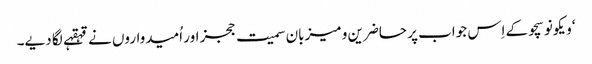
‘ویکونوسچو کے اِس جواب پر حاضرین و میزبان سمیت ججز اور اُمیدواروں نے قہقہے لگا دیے۔